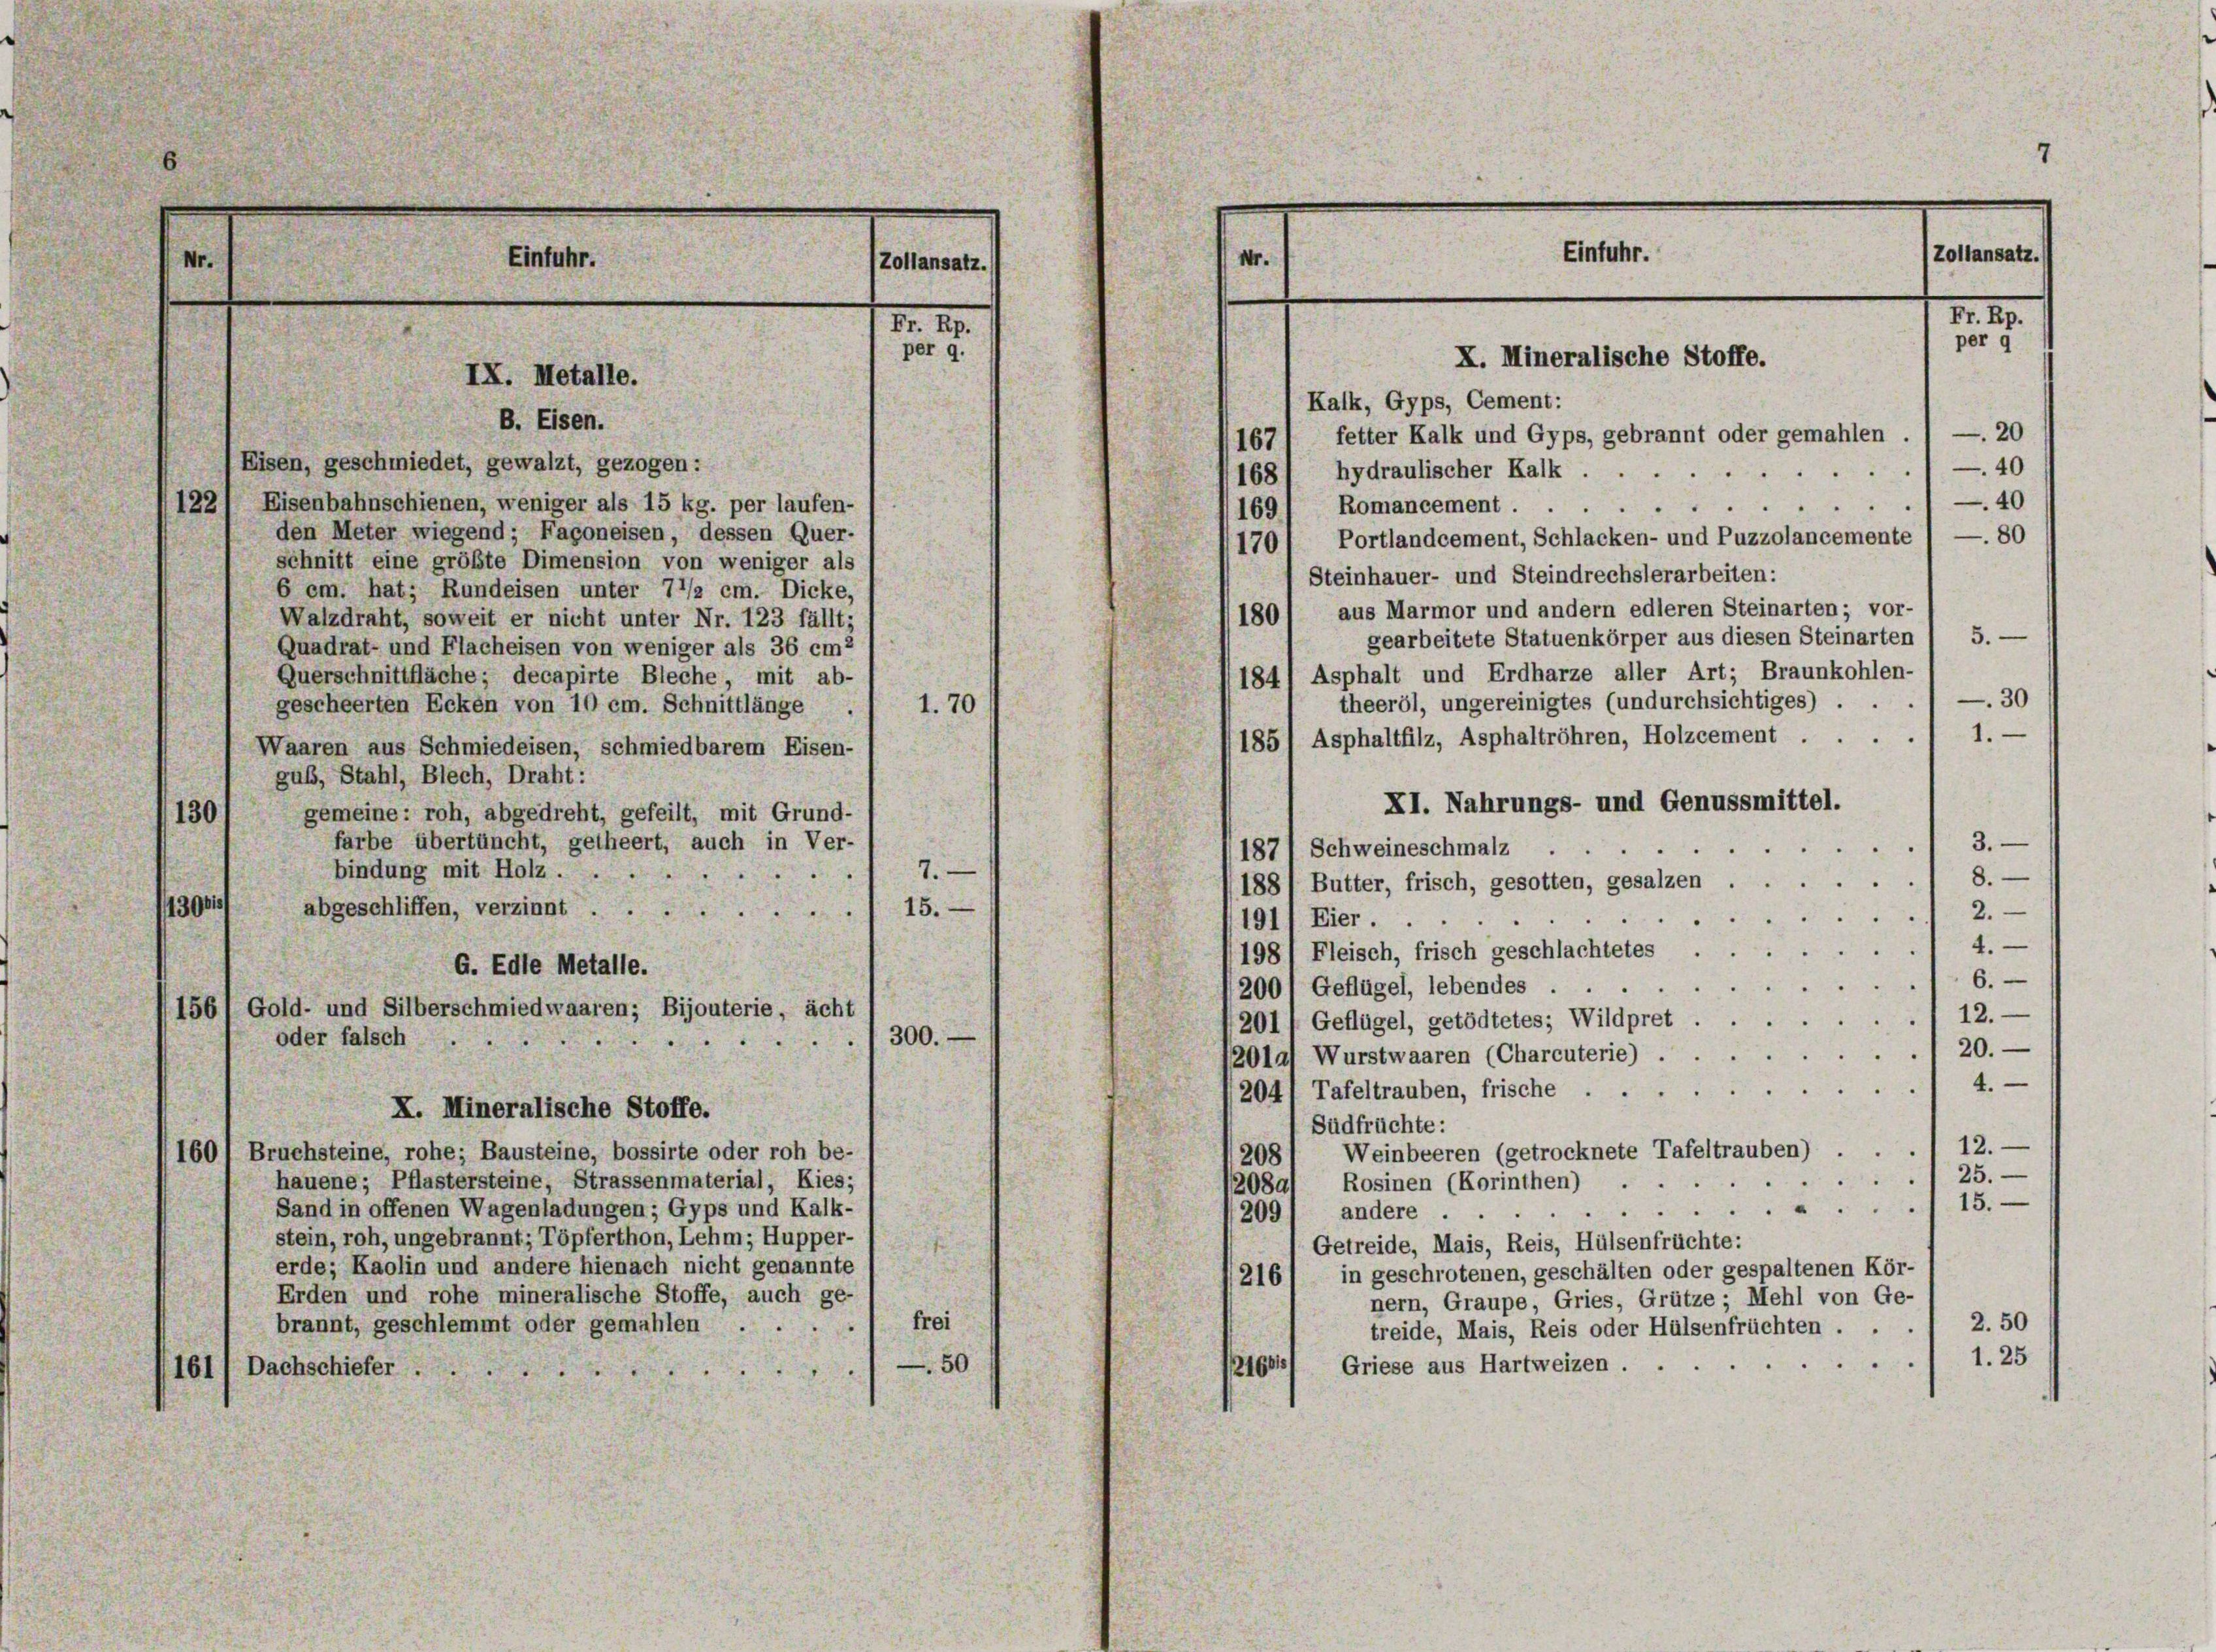
Einfuhr.

IX. Metalle.
B. Eisen.
Eisen, geschmiedet, gewalzt, gezogen:

Zollansatz.

M. 27.
per 9.

40
122) Eisenbahnschienen, weniger als 15 kg. per laufen-
169) Romancement ...
den Meter wiegend; Façoneisen, dessen Quer-
1701 Portlandcement, Schlacken- und Puzzolancemente / — 80
schnitt eine größte Dimension von weniger als
Steinhauer- und Steindrechslerarbeiten:
6 cm. hat; Rundeisen unter 7 1/2 cm. Dicke,
aus Marmor und andern edleren Steinarten; vor-
180
Walzdraht, soweit er nicht unter Nr. 123 fällt;
gearbeitete Statuenkörper aus diesen Steinarten / 5. —
Quadrat- und Flacheisen von weniger als 36 cm2
1841 Asphalt und Erdharze aller Art; Braunkohlen-
Querschnittfläche; decapirte Bleche, mit ab-
30
theeröl, ungereinigtes (undurchsichtiges) .
gescheerten Ecken von 10 cm. Schnittlänge
1.70
1.
185) Asphaltfilz, Asphaltröhren, Holzcement .
Waaren aus Schmiedeisen, schmiedbarem Eisen-
gubs, Stahl, Blech, Draht:
XI. Nahrungs- und Genussmittel.
gemeine: roh, abgedreht, gefeilt, mit Grund-
130
farbe übertüncht, getheert, auch in Ver-
3.
187/ Schweineschmalz
7.
bindung mit Holz .
8.
188/ Butter, frisch, gesotten, gesalzen
1396
15.
abgeschliffen, verzinnt ...
2.
.
191) Eier.
4.
198) Fleisch, frisch geschlachtetes
G. Edle Metalle.
6.
200/ Geflügel, lebendes .
156) Gold- und Silberschmiedwaaren; Bijouterie, acht
/12.
201 f Geflügel, getödtetes; Wildpret
300.
oder falsch
e
20.
1201a) Wurstwaaren (Charcuterie).
4.
"
.
2041 Tafeltrauben, frische . .
X. Mineralische Stoffe.
Sudfrüchte:
Weinbeeren (getrocknete Tafeltrauben) . . . 12.
1601 Bruchsteine, rohe; Bausteine, bossirte oder roh be-
208
 25.
hauene; Pflastersteine, Strassenmaterial, Kies;
20891 Rosinen (Korinthen)
115.
Sand in offenen Wagenladungen; Gyps und Kalk-
209) andere
stein, roh, ungebrannt; Töpferthon, Lehm; Hupper-
Getreide, Mais, Reis, Hülsenfrüchte:
erde; Kaolin und andere hienach nicht genannte
in geschrotenen, geschälten oder gespaltenen Kör-
216
Erden und rohe mineralische Stoffe, auch ge-
nern, Graupe, Gries, Grütze; Mehl von Ge-
2. 50
frei
brannt, geschlemmt oder gemahlen
treide, Mais, Reis oder Hülsenfrüchten.
1.25
Griese aus Hartweizen .
—50
21661
161) Dachschiefer.

7
Einfuhr.
Zoltansatz.
Nr.
Nr. 29.
per q
X. Mineralische Stoffe.
Kalk, Gyps, Cement:
20
1671 fetter Kalk und Gyps, gebrannt oder gemahlen .
40
168) hydraulischer Kalk